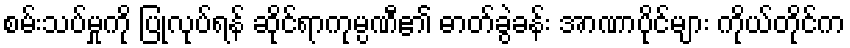
စမ်းသပ်မှုကို ပြုလုပ်ရန် ဆိုင်ရာကုမ္ပဏီ၏ ဓာတ်ခွဲခန်း အာဏာပိုင်များ ကိုယ်တိုင်က